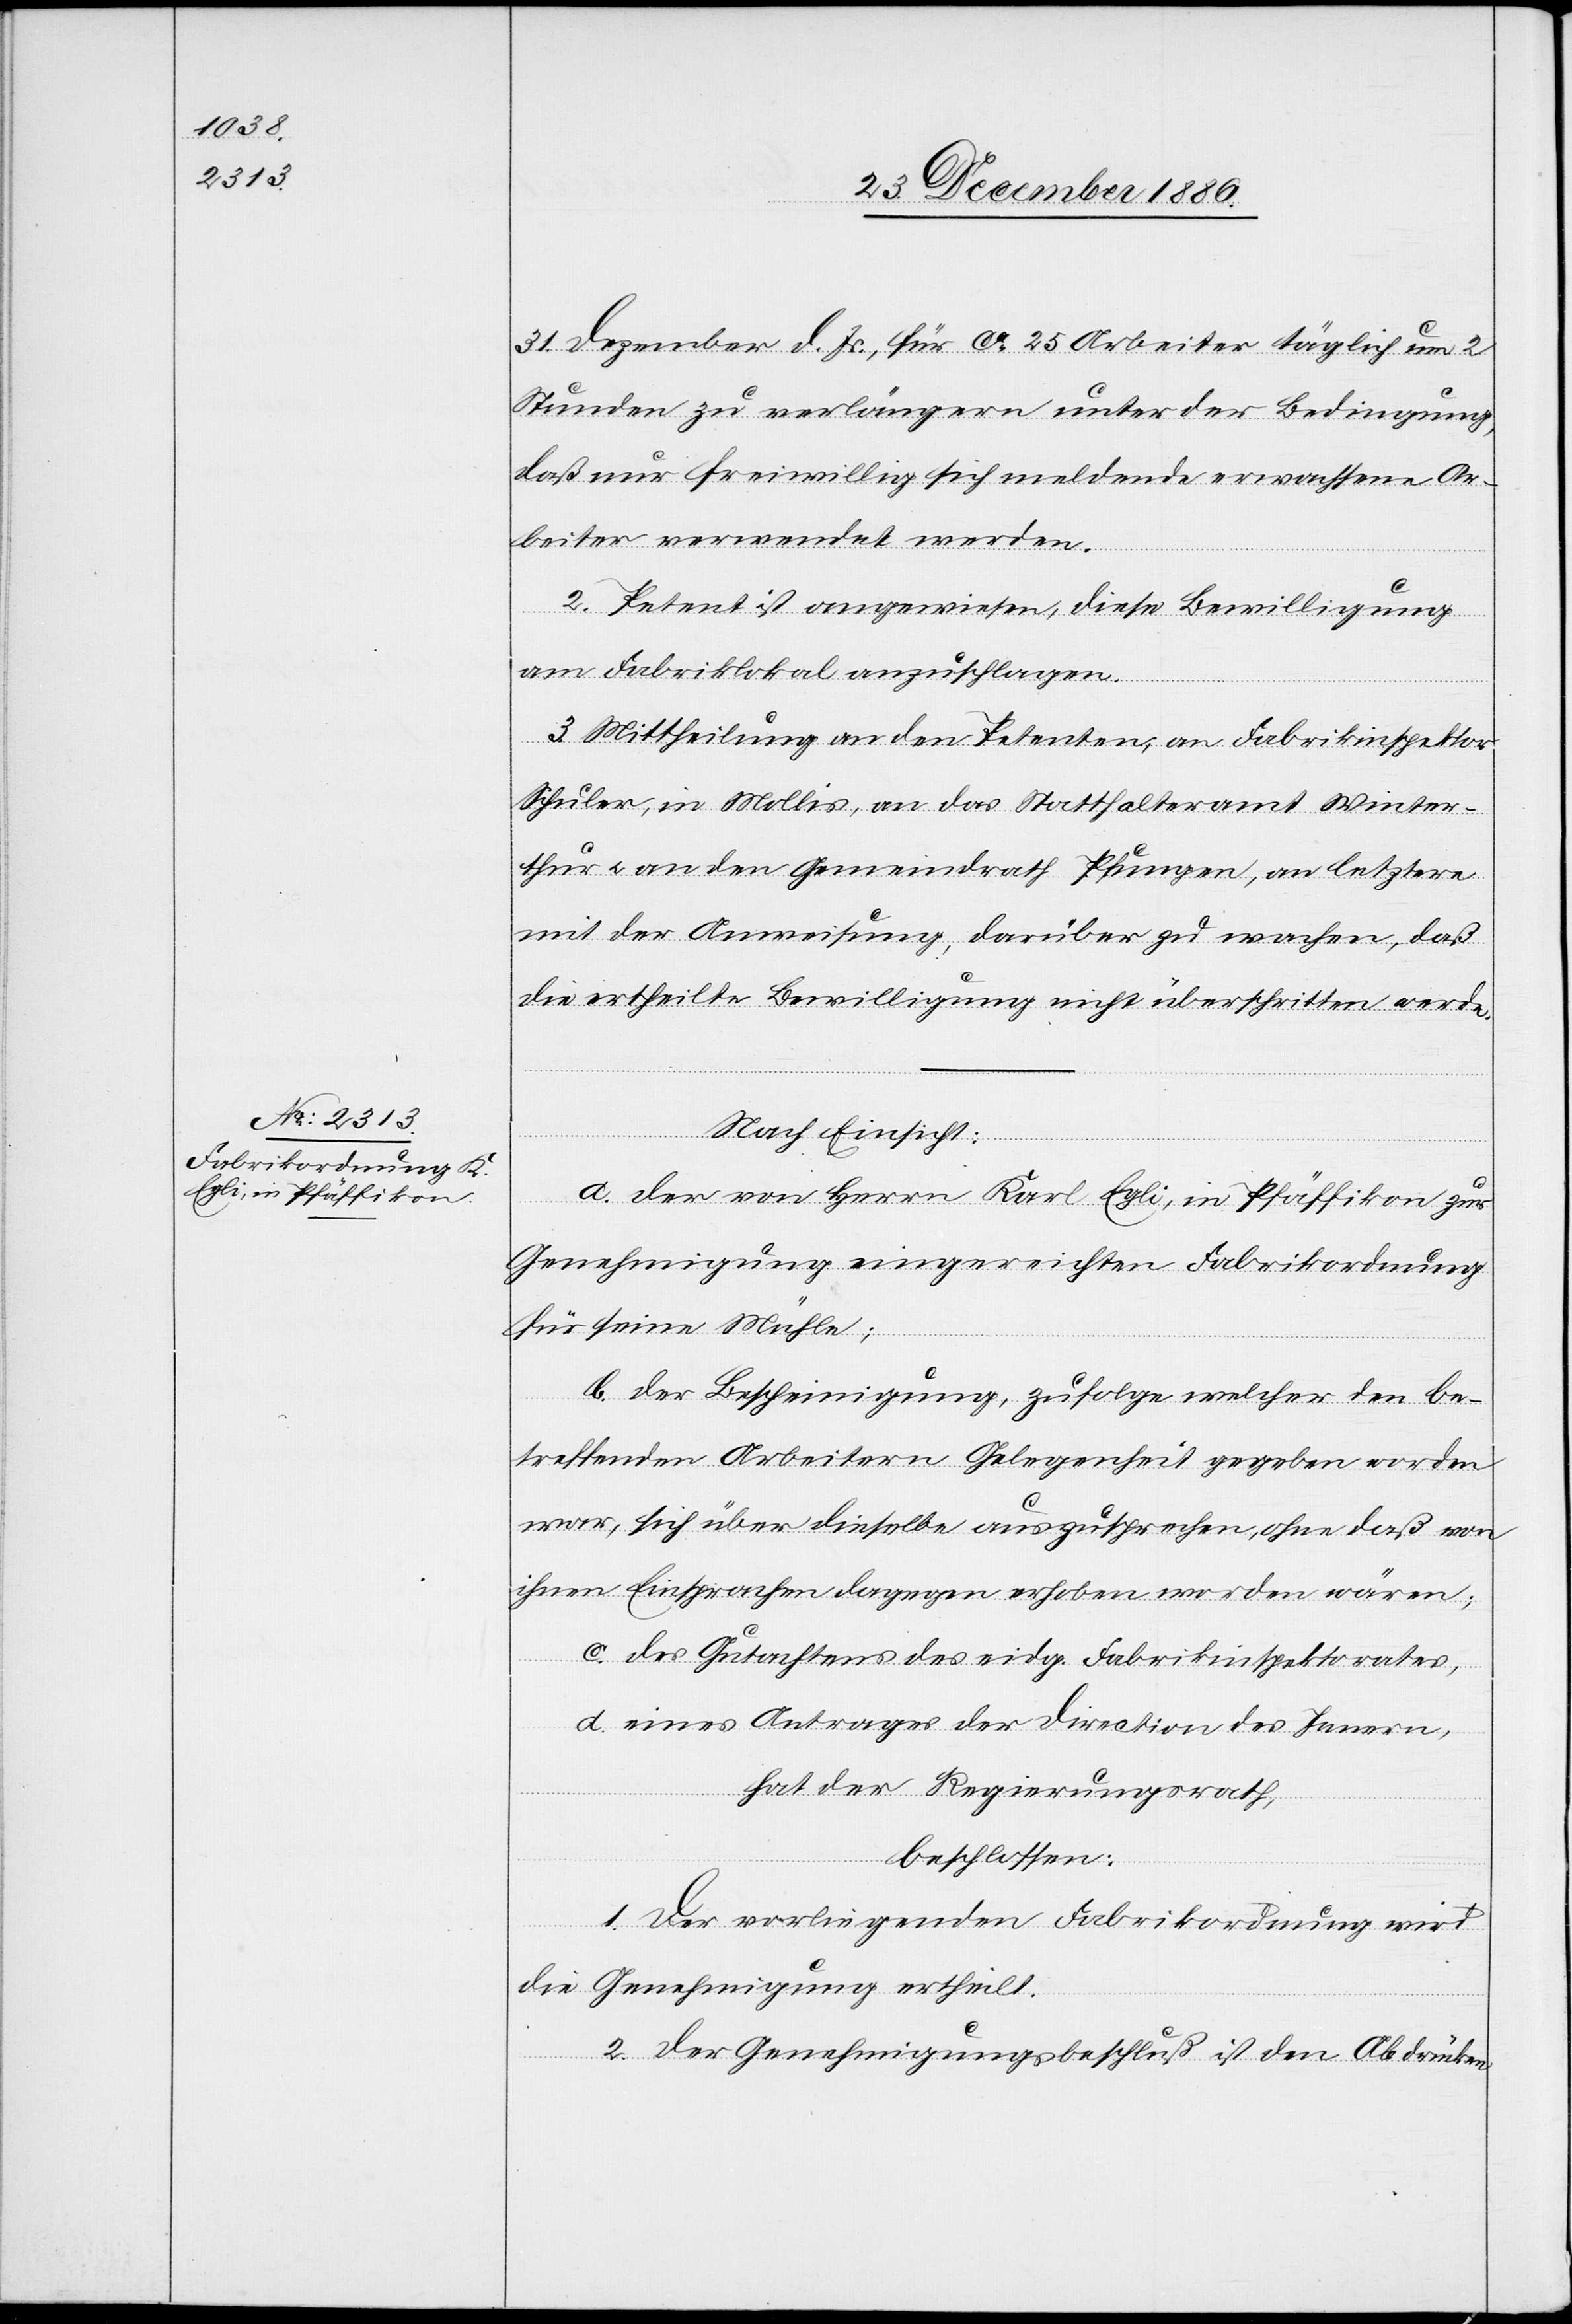
31. Dezember d. Js., für ca 25 Arbeiter täglich um 2
Stunden zu verlängern unter der Bedingung,
daß nur freiwillig sich meldende erwachsene Ar¬
beiter verwendet werden.
2. Petent ist angewiesen, diese Bewilligung
am Fabriklokal anzuschlagen.
3. Mittheilung an den Petenten, an Fabrikinspektor
Schuler, in Mollis, an das Statthalteramt Winter¬
thur & an den Gemeindrath Pfungen, an letztere
mit der Anweisung, darüber zu wachen, daß
die ertheilte Bewilligung nicht überschritten werde.
Nach Einsicht:
a. der von Herrn Karl Egli, in Pfäffikon zur
Genehmigung eingereichten Fabrikordnung
für seine Mühle;
b. der Bescheinigung, zufolge welcher den be¬
treffenden Arbeitern Gelegenheit gegeben worden
war, sich über dieselbe auszusprechen, ohne daß von
ihnen Einsprachen dagegen erhoben worden wären;
c. des Gutachtens des eidg. Fabrikinspektorates,
d. eines Antrages der Direction des Innern,
hat der Regierungsrath,
beschlossen:
1. Der vorliegenden Fabrikordnung wird
die Genehmigung ertheilt.
2. Der Genehmigungsbeschluß ist den Abdrücken